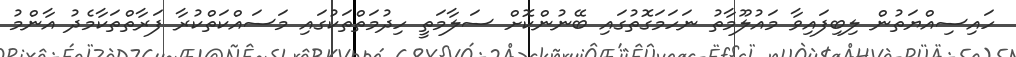
ހައިސިއްޔަތުން ލިބިފައިވާ މައުލޫމާތު ނަހަމަގޮތުގައި ބޭނުންކޮށް ސަލާމަތީ ހިދުމަތްތަކުގައި މަސައްކަތްކުރާ ފަރާތްތަކާމެދު އާންމު